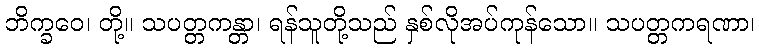
ဘိက္ခဝေ၊ တို့။ သပတ္တကန္တာ၊ ရန်သူတို့သည် နှစ်လိုအပ်ကုန်သော။ သပတ္တကရဏာ၊